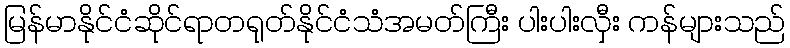
မြန်မာနိုင်ငံဆိုင်ရာတရုတ်နိုင်ငံသံအမတ်ကြီး ပါးပါးလှီး ကန်များသည်